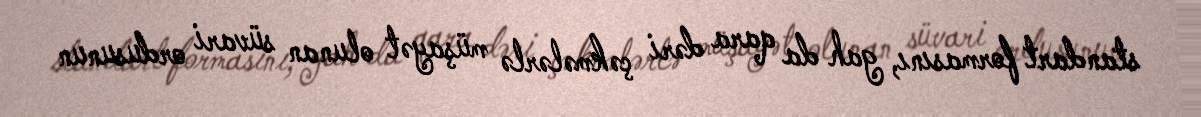
standart formasını, gah da qara dəri çəkmələrlə müşayət olunan süvari ordusunun